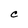
Character: C